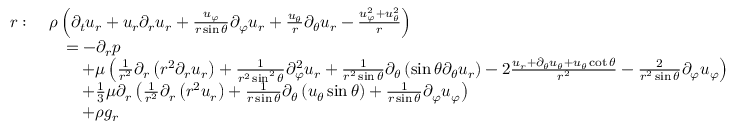
{ \begin{array} { r l } { r : \ } & { \rho \left( { \partial _ { t } u _ { r } } + u _ { r } { \partial _ { r } u _ { r } } + { \frac { u _ { \varphi } } { r \sin \theta } } { \partial _ { \varphi } u _ { r } } + { \frac { u _ { \theta } } { r } } { \partial _ { \theta } u _ { r } } - { \frac { u _ { \varphi } ^ { 2 } + u _ { \theta } ^ { 2 } } { r } } \right) } \\ & { \quad = - { \partial _ { r } p } } \\ & { \qquad + \mu \left( { \frac { 1 } { r ^ { 2 } } } \partial _ { r } \left( r ^ { 2 } { \partial _ { r } u _ { r } } \right) + { \frac { 1 } { r ^ { 2 } \sin ^ { 2 } \theta } } { \partial _ { \varphi } ^ { 2 } u _ { r } } + { \frac { 1 } { r ^ { 2 } \sin \theta } } \partial _ { \theta } \left( \sin \theta { \partial _ { \theta } u _ { r } } \right) - 2 { \frac { u _ { r } + { \partial _ { \theta } u _ { \theta } } + u _ { \theta } \cot \theta } { r ^ { 2 } } } - { \frac { 2 } { r ^ { 2 } \sin \theta } } { \partial _ { \varphi } u _ { \varphi } } \right) } \\ & { \qquad + { \frac { 1 } { 3 } } \mu \partial _ { r } \left( { \frac { 1 } { r ^ { 2 } } } \partial _ { r } \left( r ^ { 2 } u _ { r } \right) + { \frac { 1 } { r \sin \theta } } \partial _ { \theta } \left( u _ { \theta } \sin \theta \right) + { \frac { 1 } { r \sin \theta } } { \partial _ { \varphi } u _ { \varphi } } \right) } \\ & { \qquad + \rho g _ { r } } \end{array} }